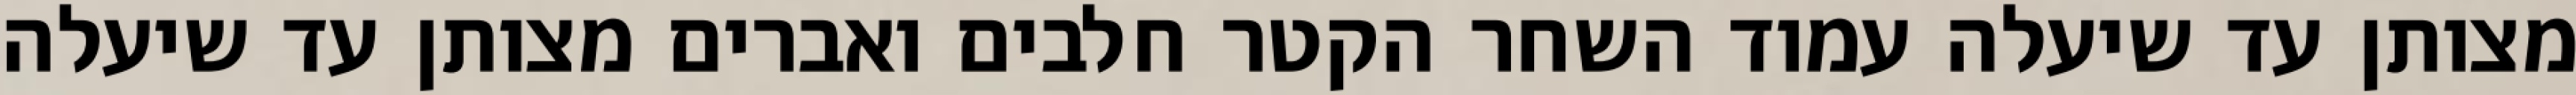
מצותן עד שיעלה עמוד השחר הקטר חלבים ואברים מצותן עד שיעלה